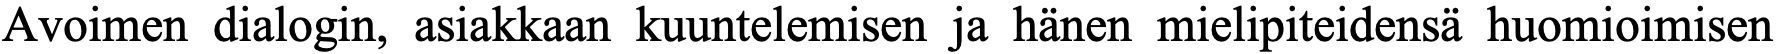
Avoimen dialogin, asiakkaan kuuntelemisen ja hänen mielipiteidensä huomioimisen